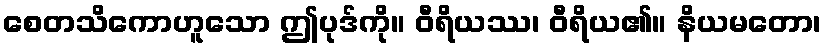
စေတသိကောဟူသော ဤပုဒ်ကို။ ဝီရိယဿ၊ ဝီရိယ၏။ နိယမတော၊